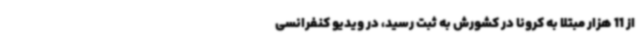
از 11 هزار مبتلا به کرونا در کشورش به ثبت رسید، در ویدیو کنفرانسی